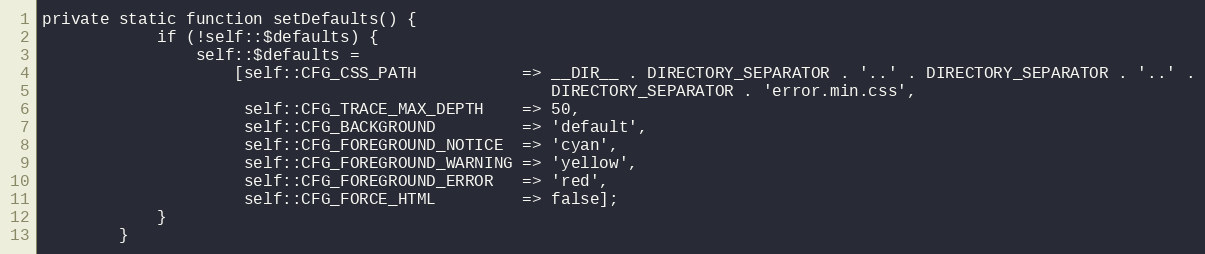
Language: PHP
private static function setDefaults() {
            if (!self::$defaults) {
                self::$defaults =
                    [self::CFG_CSS_PATH           => __DIR__ . DIRECTORY_SEPARATOR . '..' . DIRECTORY_SEPARATOR . '..' .
                                                     DIRECTORY_SEPARATOR . 'error.min.css',
                     self::CFG_TRACE_MAX_DEPTH    => 50,
                     self::CFG_BACKGROUND         => 'default',
                     self::CFG_FOREGROUND_NOTICE  => 'cyan',
                     self::CFG_FOREGROUND_WARNING => 'yellow',
                     self::CFG_FOREGROUND_ERROR   => 'red',
                     self::CFG_FORCE_HTML         => false];
            }
        }